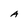
Character: A